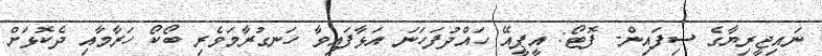
ނައިޖީރިޔާގެ ސިފައިން- ފޮޓޯ: އީޕީއޭ ހައްދުފަހަނަ އަޅާފައިވާ ހަނގުރާމަވެރި ބޯކޯ ހަރާމާއި ދެކޮޅަށް